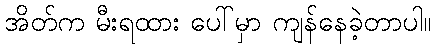
အိတ်က မီးရထား ပေါ်မှာ ကျန်နေခဲ့တာပါ။